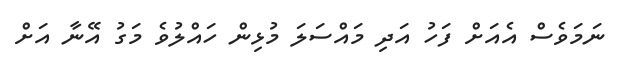
ނަމަވެސް އެއަށް ފަހު އަދި މައްސަލަ މުޅިން ހައްލުވެ މަގު އޭނާ އަށް